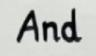
And